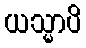
ယသ္မာပိ